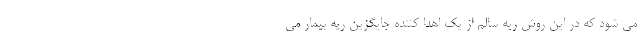
می شود که در این روش ریه سالم از یک اهدا کننده جایگزین ریه بیمار می